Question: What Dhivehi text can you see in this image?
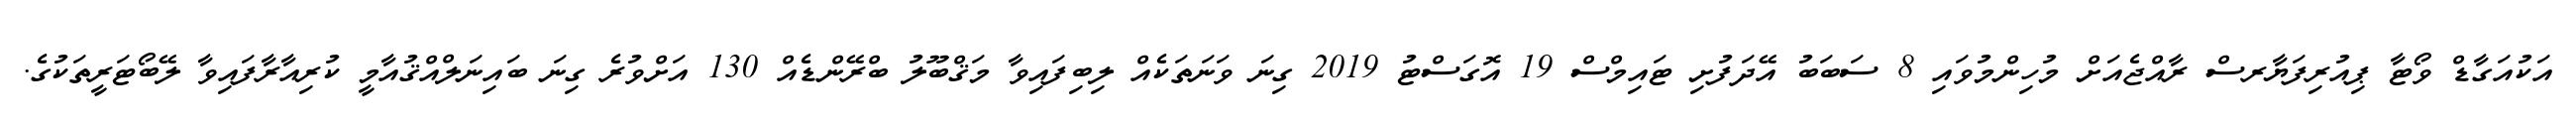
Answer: އަކުއަގާޑް ވޯޓާ ޕިއުރިފަޔާރސް ރާއްޖެއަށް މުހިންމުވައި 8 ސަބަބު އޭދަފުށި ޓައިމްސް 19 އޮގަސްޓު 2019 ގިނަ ވަނަތަކެއް ލިބިފައިވާ މަޤްބޫލު ބްރޭންޑެއް 130 އަށްވުރެ ގިނަ ބައިނަލްއްޤުއާމީ ކުރިއާރާފައިވާ ލޭބޯޓަރީތަކުގެ.